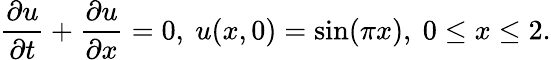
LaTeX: \frac{\partial u}{\partial t}+\frac{\partial u}{\partial x}=0,\mathrm{~}u(x,0)=\sin(\pi x),\mathrm{~}0\leq x\leq 2.